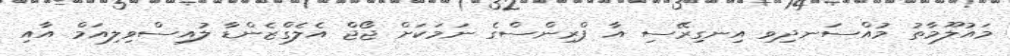
މައުލޫމާތު މުއްސަނދިވި އިނގިރޭސި އާ ޕްރިންސްގެ ނަމަކަށް ޖޯޖް އެލެގްޒެންޑާ ލުއިސްވިލިއަމް އާއި